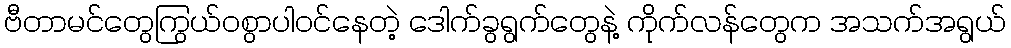
ဗီတာမင်တွေကြွယ်ဝစွာပါဝင်နေတဲ့ ဒေါက်ခွရွက်တွေနဲ့ ကိုက်လန်တွေက အသက်အရွယ်